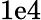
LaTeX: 1\mathrm{e}4